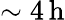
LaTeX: \sim 4\, \textrm{h}